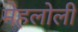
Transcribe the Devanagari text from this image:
मेहलोली